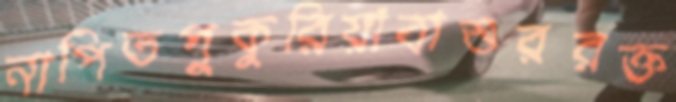
নাপিতপুকুরিয়াবাশুররক্ত